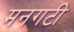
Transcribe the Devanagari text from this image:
मनगटी